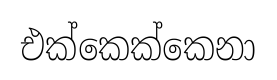
එක්කෙක්කෙනා